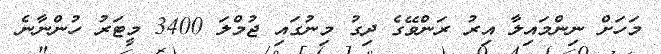
މަހަށް ނިންމައިލާ އިރު ރަންވޭގެ ދިގު މިނުގައި ޖުމްލަ 3400 މީޓަރު ހުންނާނެ